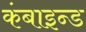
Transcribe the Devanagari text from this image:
कंबाइन्ड